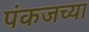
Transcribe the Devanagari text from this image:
पंकजच्या